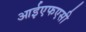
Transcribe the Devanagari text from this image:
आईएफएसी